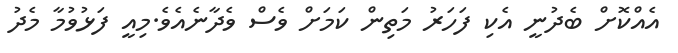
އެއްކޮށް ބެދުނީ އެކި ފަހަރު މަތިން ކަމަށް ވެސް ވެދާނެއެވެ.މިއީ ފަޅުވުމާ މެދު